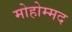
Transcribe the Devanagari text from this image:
मोहोम्मद